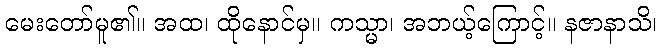
မေးတော်မူ၏။ အထ၊ ထိုနောင်မှ။ ကသ္မာ၊ အဘယ့်ကြောင့်။ နဇာနာသိ၊